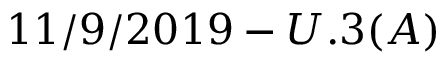
1 1 / 9 / 2 0 1 9 - U . 3 ( A )